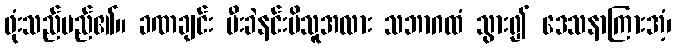
ဖုံးသည်မည်၏။ ခဏချင်း မီးခဲနင်းမိသူအလား သဘာဂထံ သွား၍ ဒေသနာကြားအံ့၊